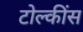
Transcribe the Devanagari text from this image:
टोल्कींस